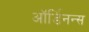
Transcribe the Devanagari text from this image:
ऑर्डिनन्स